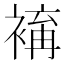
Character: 𧛥